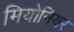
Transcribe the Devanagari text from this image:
मियोनियर